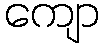
ကျော